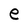
Character: e